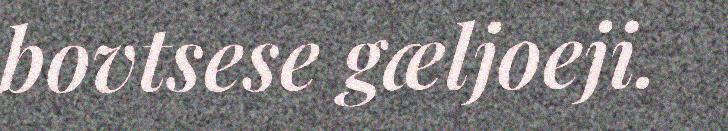
bovtsese gæljoeji.